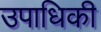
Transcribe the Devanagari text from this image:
उपाधिकी